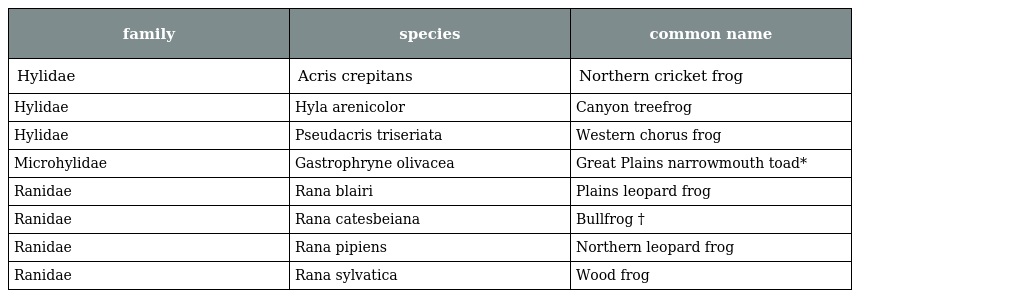
| family | species | common name |
 | --- | --- | --- |
 | Hylidae | Acris crepitans | Northern cricket frog |
 | Hylidae | Hyla arenicolor | Canyon treefrog |
 | Hylidae | Pseudacris triseriata | Western chorus frog |
 | Microhylidae | Gastrophryne olivacea | Great Plains narrowmouth toad* |
 | Ranidae | Rana blairi | Plains leopard frog |
 | Ranidae | Rana catesbeiana | Bullfrog † |
 | Ranidae | Rana pipiens | Northern leopard frog |
 | Ranidae | Rana sylvatica | Wood frog |